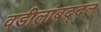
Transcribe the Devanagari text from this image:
वडीलांबद्दल